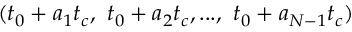
( t _ { 0 } + a _ { 1 } t _ { c } , \ t _ { 0 } + a _ { 2 } t _ { c } , . . . , \ t _ { 0 } + a _ { N - 1 } t _ { c } )